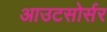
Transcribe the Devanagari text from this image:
आउटसोर्सर